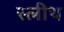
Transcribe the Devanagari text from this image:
स्लीथ